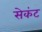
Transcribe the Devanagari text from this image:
सेकंट